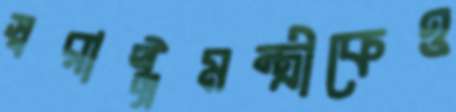
স্বরাষ্ট্রমন্ত্রীকেও